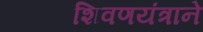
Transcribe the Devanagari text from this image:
शिवणयंत्राने